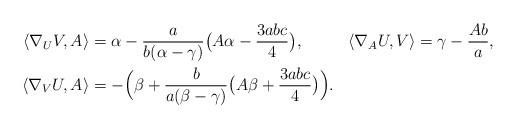
LaTeX: \begin{align*}\begin{aligned}\langle\nabla_U V,A\rangle &{}=\alpha-\frac{a}{b(\alpha-\gamma)}\bigl(A\alpha-\frac{3abc}{4}\bigr),&\langle\nabla_A U,V\rangle &{}=\gamma-\frac{Ab}{a},\\\langle\nabla_V U,A\rangle &{}=-\Bigl(\beta+\frac{b}{a(\beta-\gamma)}\bigl(A\beta+\frac{3abc}{4}\bigr)\Bigr).\end{aligned}\end{align*}